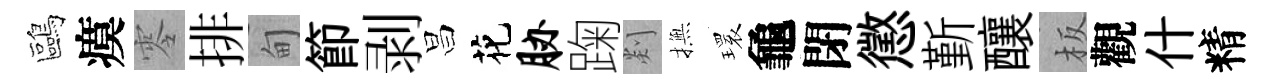
鷗瘼零排甸節剥昌花胁踘剡撫𤨔龜閉懲斳釀板觀什精